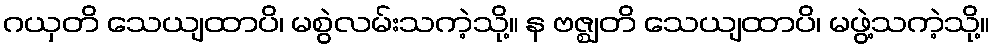
ဂယှတိ သေယျထာပိ၊ မစွဲလမ်းသကဲ့သို့။ န ဗဇ္ဈတိ သေယျထာပိ၊ မဖွဲ့သကဲ့သို့။